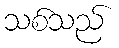
သစ်သည်